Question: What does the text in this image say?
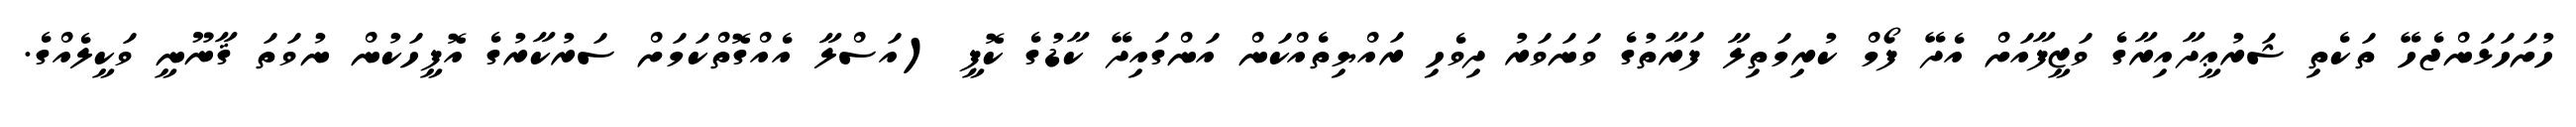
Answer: ހުށަހަޅަންޖެހޭ ތަކެތި ޝަރުޢީދާއިރާގެ ވަޒީފާއަށް އެދޭ ފޯމް ކުރިމަތިލާ ފަރާތުގެ ވަނަވަރު ދިވެހި ރައްޔިތެއްކަން އަންގައިދޭ ކާޑުގެ ކޮޕީ (އަސްލާ އެއްގޮތްކަމަށް ސަރުކާރުގެ އޮފީހަކުން ނުވަތަ ޤާނޫނީ ވަކީލެއްގެ.